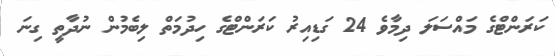
ކަރަންޓްގެ މައްސަލަ ދިމާވެ 24 ގަޑިއިރު ކަރަންޓްގެ ހިދުމަތް ލިބެމުން ނުދާތީ ގިނަ